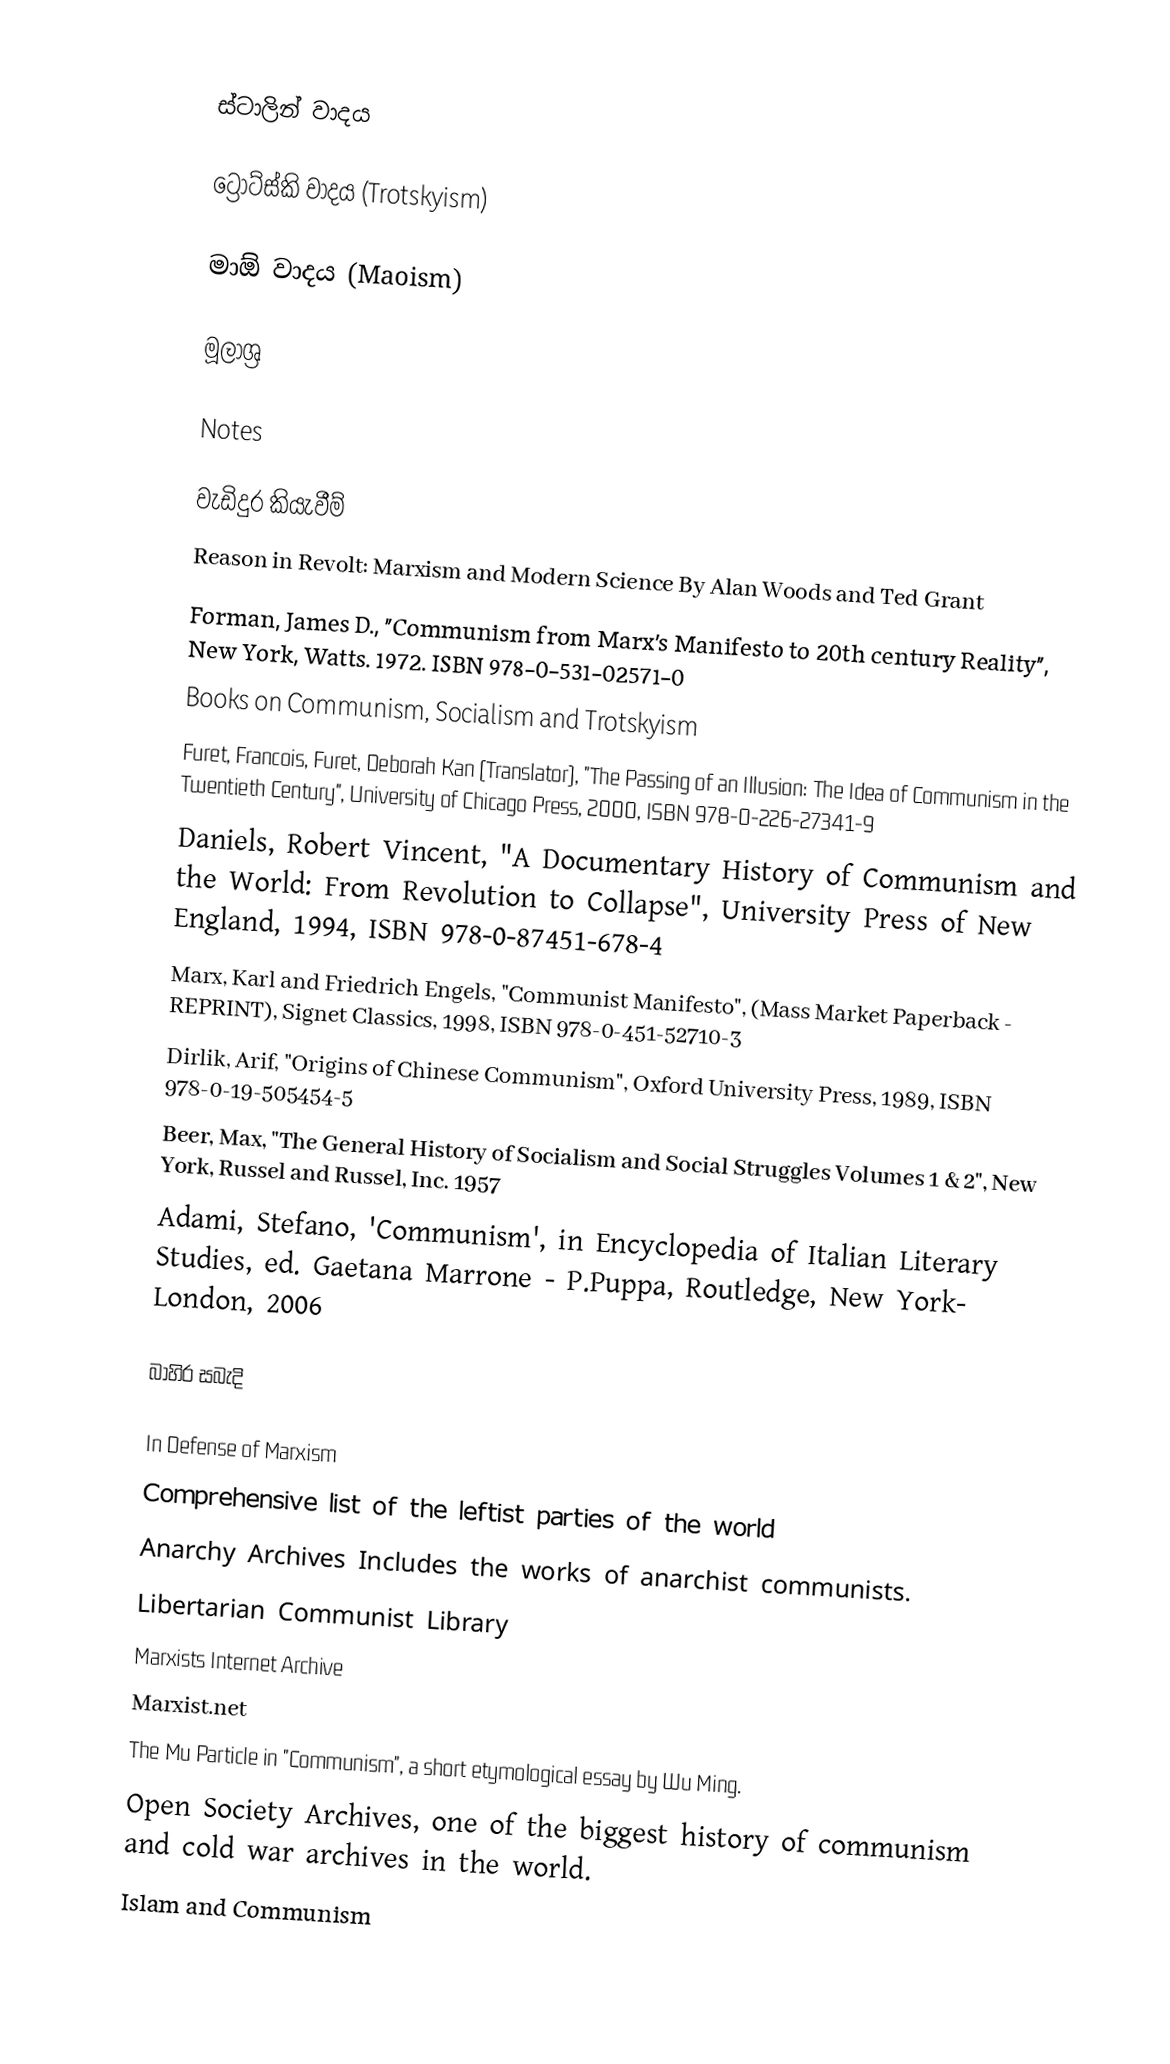

ස්ටාලින් වාදය

ට්‍රොට්ස්කි වාදය (Trotskyism)

මාඕ වාදය (Maoism)

මූලාශ්‍ර

Notes

වැඩිදුර කියැවීම්
 Reason in Revolt: Marxism and Modern Science By Alan Woods and Ted Grant
 Forman, James D., "Communism from Marx's Manifesto to 20th century Reality", New York, Watts. 1972. ISBN 978-0-531-02571-0
 Books on Communism, Socialism and Trotskyism
 Furet, Francois, Furet, Deborah Kan (Translator), "The Passing of an Illusion: The Idea of Communism in the Twentieth Century", University of Chicago Press, 2000, ISBN 978-0-226-27341-9
 Daniels, Robert Vincent, "A Documentary History of Communism and the World: From Revolution to Collapse", University Press of New England, 1994, ISBN 978-0-87451-678-4
 Marx, Karl and Friedrich Engels, "Communist Manifesto", (Mass Market Paperback - REPRINT), Signet Classics, 1998, ISBN 978-0-451-52710-3
 Dirlik, Arif, "Origins of Chinese Communism", Oxford University Press, 1989, ISBN 978-0-19-505454-5
 Beer, Max, "The General History of Socialism and Social Struggles Volumes 1 & 2", New York, Russel and Russel, Inc. 1957
 Adami, Stefano, 'Communism', in Encyclopedia of Italian Literary Studies, ed. Gaetana Marrone - P.Puppa, Routledge, New York- London, 2006

බාහිර සබැදි

 In Defense of Marxism
 Comprehensive list of the leftist parties of the world
 Anarchy Archives Includes the works of anarchist communists.
 Libertarian Communist Library
 Marxists Internet Archive
 Marxist.net
 The Mu Particle in "Communism", a short etymological essay by Wu Ming.
 Open Society Archives, one of the biggest history of communism and cold war archives in the world.
 Islam and Communism